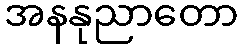
အနနုညာတော